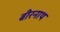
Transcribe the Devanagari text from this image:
बीरनाथ